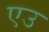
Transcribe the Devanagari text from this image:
एउ